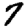
Digit: 7